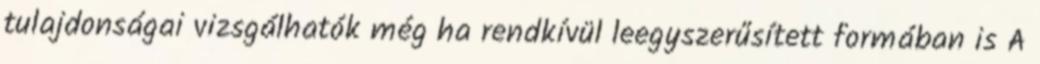
tulajdonságai vizsgálhatók még ha rendkívül leegyszerűsített formában is A